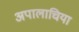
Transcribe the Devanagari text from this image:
अपालाचिया